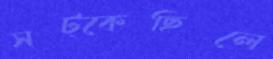
সট্‌কেছিলে